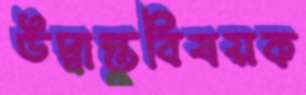
উদ্বাস্তুবিষয়ক